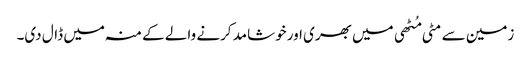
زمین سے مٹی مُٹھی میں بھری اور خوشامد کرنے والے کے منہ میں ڈال دی۔